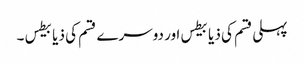
پہلی قسم کی ذیابیطس اور دوسرے قسم کی ذیابیطس ۔